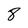
Character: 8